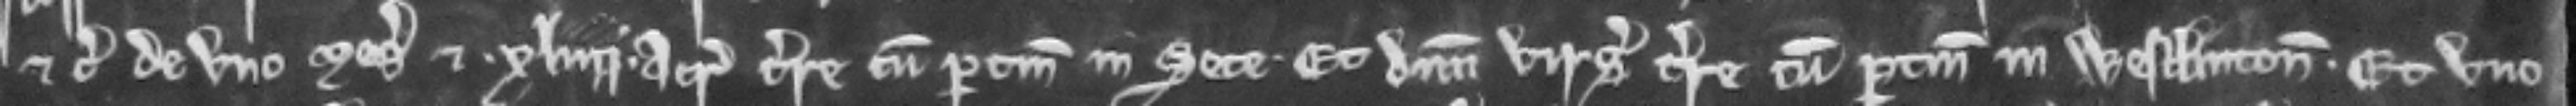
etc. de uno mesuagio et xliii acris terre cum pertinenciis in Sete et dimidia virgata terre cum pertinenciis in Westlinton et uno